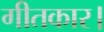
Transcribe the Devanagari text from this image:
गीतकार।